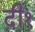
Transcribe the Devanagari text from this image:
दी१